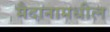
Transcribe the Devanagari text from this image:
मैदानामधील